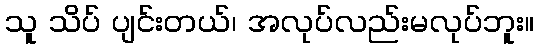
သူ သိပ် ပျင်းတယ်၊ အလုပ်လည်းမလုပ်ဘူး။